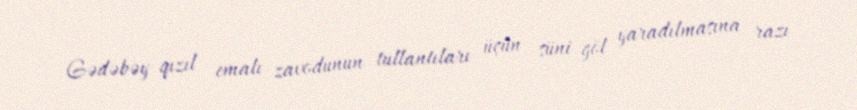
Gədəbəy qızıl emalı zavodunun tullantıları üçün süni göl yaradılmasına razı